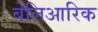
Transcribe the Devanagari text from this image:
बेलिआरिक